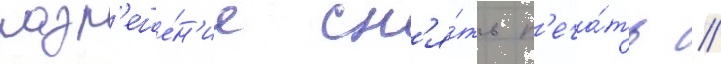
разр'еше́н'ие сн'я́ть п'еча́ть //